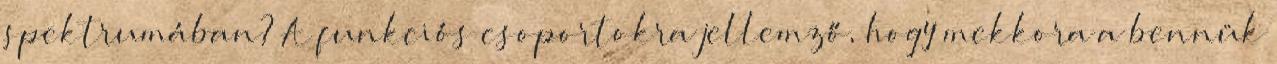
spektrumában? A funkciós csoportokra jellemző, hogy mekkora a bennük